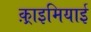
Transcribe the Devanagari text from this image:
क़्राइमियाई